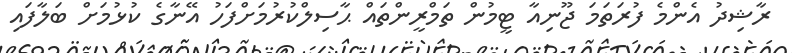
ރާޝިދު އެންމެ ފުރަތަމަ ޖޫނިއާ ޓީމުން ތަމްރީންތައް ޙާސިލްކުރުމަށްފަހު އޭނާގެ ކުޅުމަށް ބަލާފައި